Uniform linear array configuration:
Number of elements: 24
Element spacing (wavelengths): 0.25
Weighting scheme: blackman
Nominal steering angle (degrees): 30
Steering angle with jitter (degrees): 30.438
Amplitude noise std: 0.05
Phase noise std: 0.05

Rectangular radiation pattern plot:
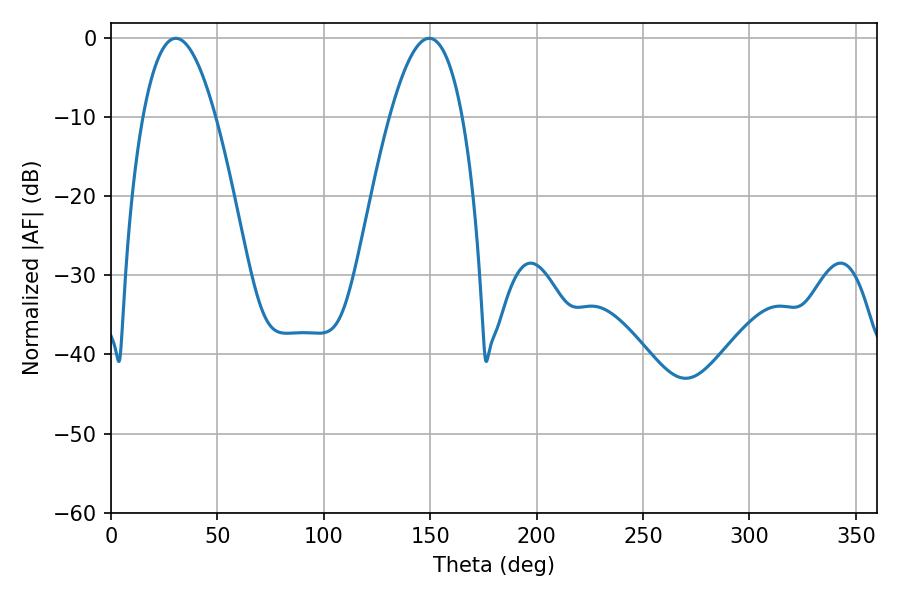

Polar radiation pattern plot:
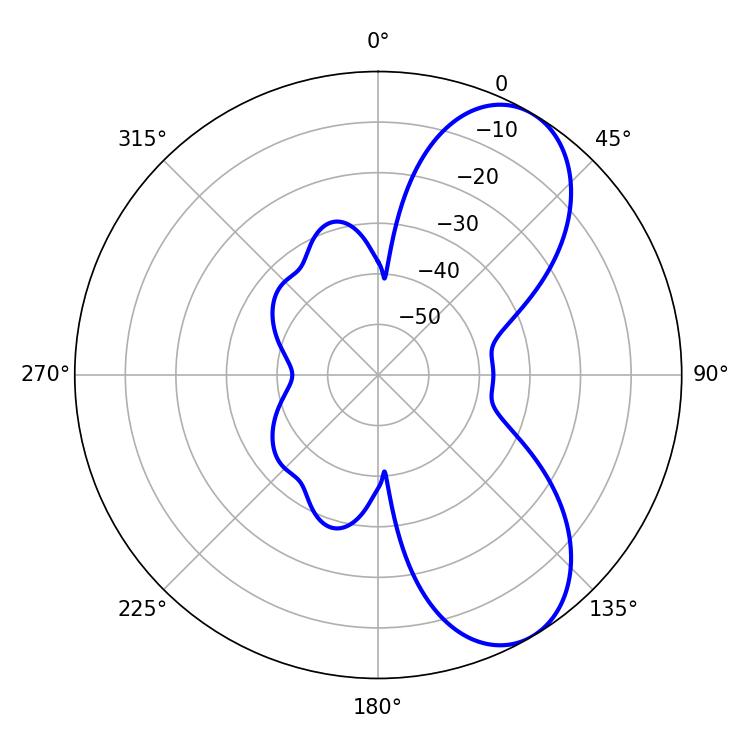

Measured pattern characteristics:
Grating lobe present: FALSE
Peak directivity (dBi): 7.415
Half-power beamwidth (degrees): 18.72
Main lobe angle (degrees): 30.42